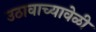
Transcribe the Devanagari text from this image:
उठावाच्यावेळी